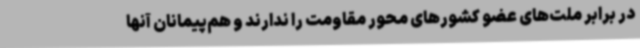
در برابر ملت‌های عضو کشورهای محور مقاومت را ندارند و هم‌پیمانان آنها